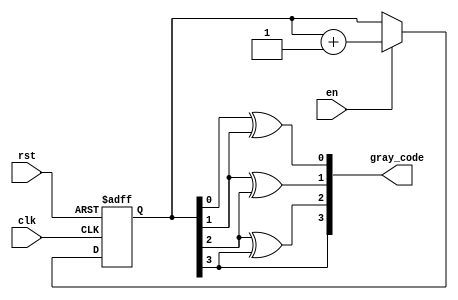
module gray_counter (
    input wire clk,
    input wire rst,
    input wire en,
    output reg [3:0] gray_code
);

reg [3:0] count_next;

always @(posedge clk or posedge rst) begin
    if (rst) begin
        count_next <= 4'b0000;
    end else if (en) begin
        count_next <= count_next + 1;
    end
end

// Gray code conversion
always @(*) begin
    gray_code[0] = count_next[0] ^ count_next[1];
    gray_code[1] = count_next[1] ^ count_next[2];
    gray_code[2] = count_next[2] ^ count_next[3];
    gray_code[3] = count_next[3];
end

endmodule